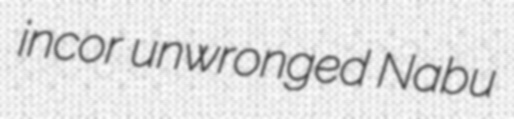
incor unwronged Nabu